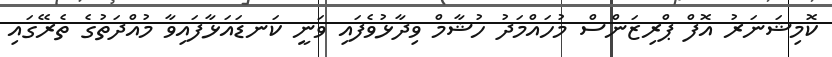
ކޮމިޝަނަރު އޮފް ޕްރިޒަންސް މުހައްމަދު ހުޝާމް ވިދާޅުވެފައި ވަނީ ކަނޑައަޅާފައިވާ މުއްދަތުގެ ތެރޭގައި